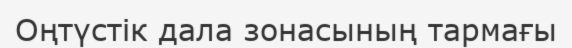
Оңтүстік дала зонасының тармағы